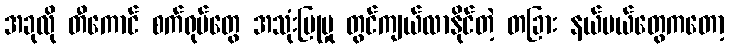
အခုလို တီကောင် စက်ရုပ်တွေ အသုံးပြုမှု တွင်ကျယ်လာနိုင်တဲ့ တခြား နယ်ပယ်တွေကတော့